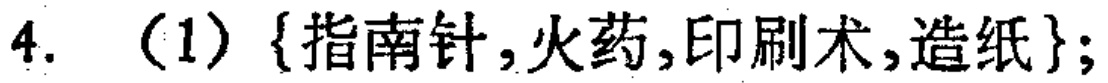
$\text{4. (1) \{指南针, 火药, 印刷术, 造纸\};}$